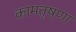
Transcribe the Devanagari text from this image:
कामतृष्णा